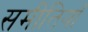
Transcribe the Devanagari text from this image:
समीतियाँ